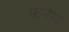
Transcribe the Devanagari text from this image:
फनेल